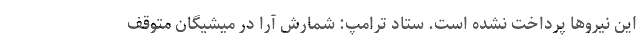
این نیروها پرداخت نشده است. ستاد ترامپ: شمارش آرا در میشیگان متوقف